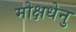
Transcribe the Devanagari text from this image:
मोक्षधेनु